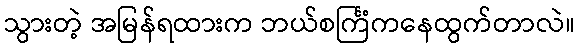
သွားတဲ့ အမြန်ရထားက ဘယ်စင်္ကြံကနေထွက်တာလဲ။